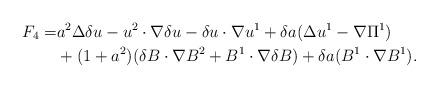
LaTeX: \begin{align*}F_4=&a^2\Delta\delta u-u^2\cdot\nabla \delta u-\delta u\cdot\nabla u^1+\delta a(\Delta u^1-\nabla\Pi^1)\\&+(1+a^2)(\delta B\cdot\nabla B^2+ B^1\cdot\nabla \delta B)+\delta a( B^1\cdot\nabla B^1).\end{align*}